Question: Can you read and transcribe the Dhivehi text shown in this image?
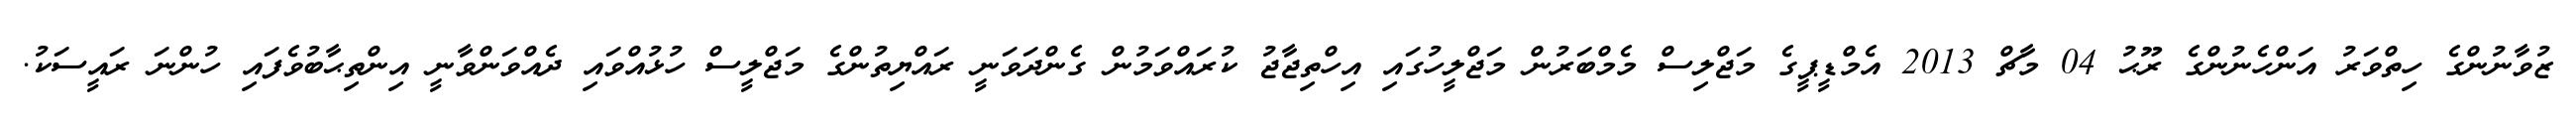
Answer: ޒުވާނުންގެ ހިތްވަރު އަންހެނުންގެ ރޫޙު 04 މާޗް 2013 އެމްޑީޕީގެ މަޖްލިސް މެމްބަރުން މަޖްލީހުގައި އިހްތިޖާޖު ކުރައްވަމުން ގެންދަވަނީ ރައްޔިތުންގެ މަޖްލީސް ހުޅުއްވައި ދެއްވަންވާނީ އިންތިޙާބުވެފައި ހުންނަ ރައީސަކު.